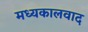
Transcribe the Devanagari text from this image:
मध्यकालवाद